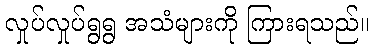
လှုပ်လှုပ်ရွရွ အသံများကို ကြားရသည်။